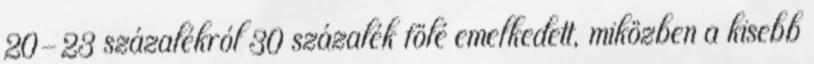
20-23 százalékról 30 százalék fölé emelkedett, miközben a kisebb